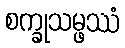
စက္ခုသမ္ဖဿံ